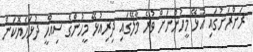
ރަށްރަށުގައި އުޅޭ މީހުންނަށް ވުރެ މާލޭގައި ދިރިއުޅޭ މީހުންގެ ސިއްހީ ދުޅަހެޔޮކަން